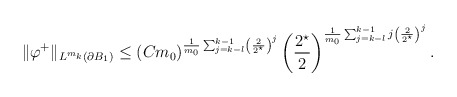
\begin{align*}\|\varphi^{+}\|_{L^{m_{k}}(\partial B_1)} &\leq(C m_0)^{\frac{1}{m_{0}} \sum_{j = k-l}^{k-1} \left(\frac{2}{2^{\star}}\right)^{j} } \left(\frac{2^{\star}}{2}\right)^{\frac{1}{m_{0}} \sum_{j = k-l}^{k-1} j\left(\frac{2}{2^{\star}}\right)^{j} }.\end{align*}